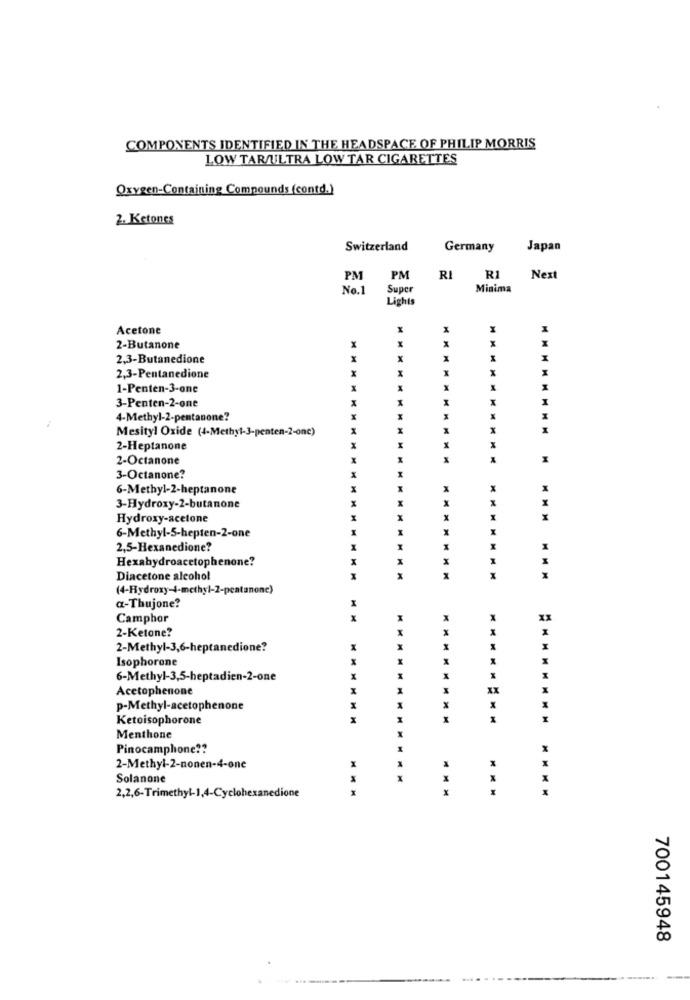
COMPONENTS IDENTIFIED IN THE HEADSPACE OF PHILIP MORRIS
LOW TARAULTRA LOW TAR CIGARETTES
Oxygen-Containing Compounds (contd.)
2. Ketones
Switzerland
Germany
Japan
PM
PM
RI
RI
Next
No.1
Super
Minima
Lights
Acetone
X
2-Butanone
x
2,3-Butanedione
x
X
1
x
X
x
2,3-Pentanedione
x
1-Penten-3-one
M
1
x
3-Penten-2-one
4-Methyl-2-pentanone?
Mesityl Oxide (4-Methyl-3-penten-2-one)
x
2-Heptanone
2-Octanone
3-Octanone?
H
6-Methyl-2-heptanone
X
M
X
3-Hydroxy-2-butanone
Hydroxy-acetone
MMM
X
6-Methyl-5-hepten-2-one
2,5-Hexanedione?
X
M
X
X
Hexahydroacetophenone?
X
Diacetone alcohol
(4-Hydroxy-4-methyl-2-pentanonc)
a-Thujone?
Camphor
x
XX
2-Ketone?
X
2-Methyl-3,6-heptanedione?
Isophorone
6-Methyl-3,5-heptadien-2-one
Acetophenone
x
XX
p-Methyl-acetophenone
Ketoisophorone
Menthone
Pinocamphone ??
X
2-Methyl-2-nonen-4-one
Solanone
2,2,6-Trimethyl-1,4-Cyclohexanedione
X
700145948